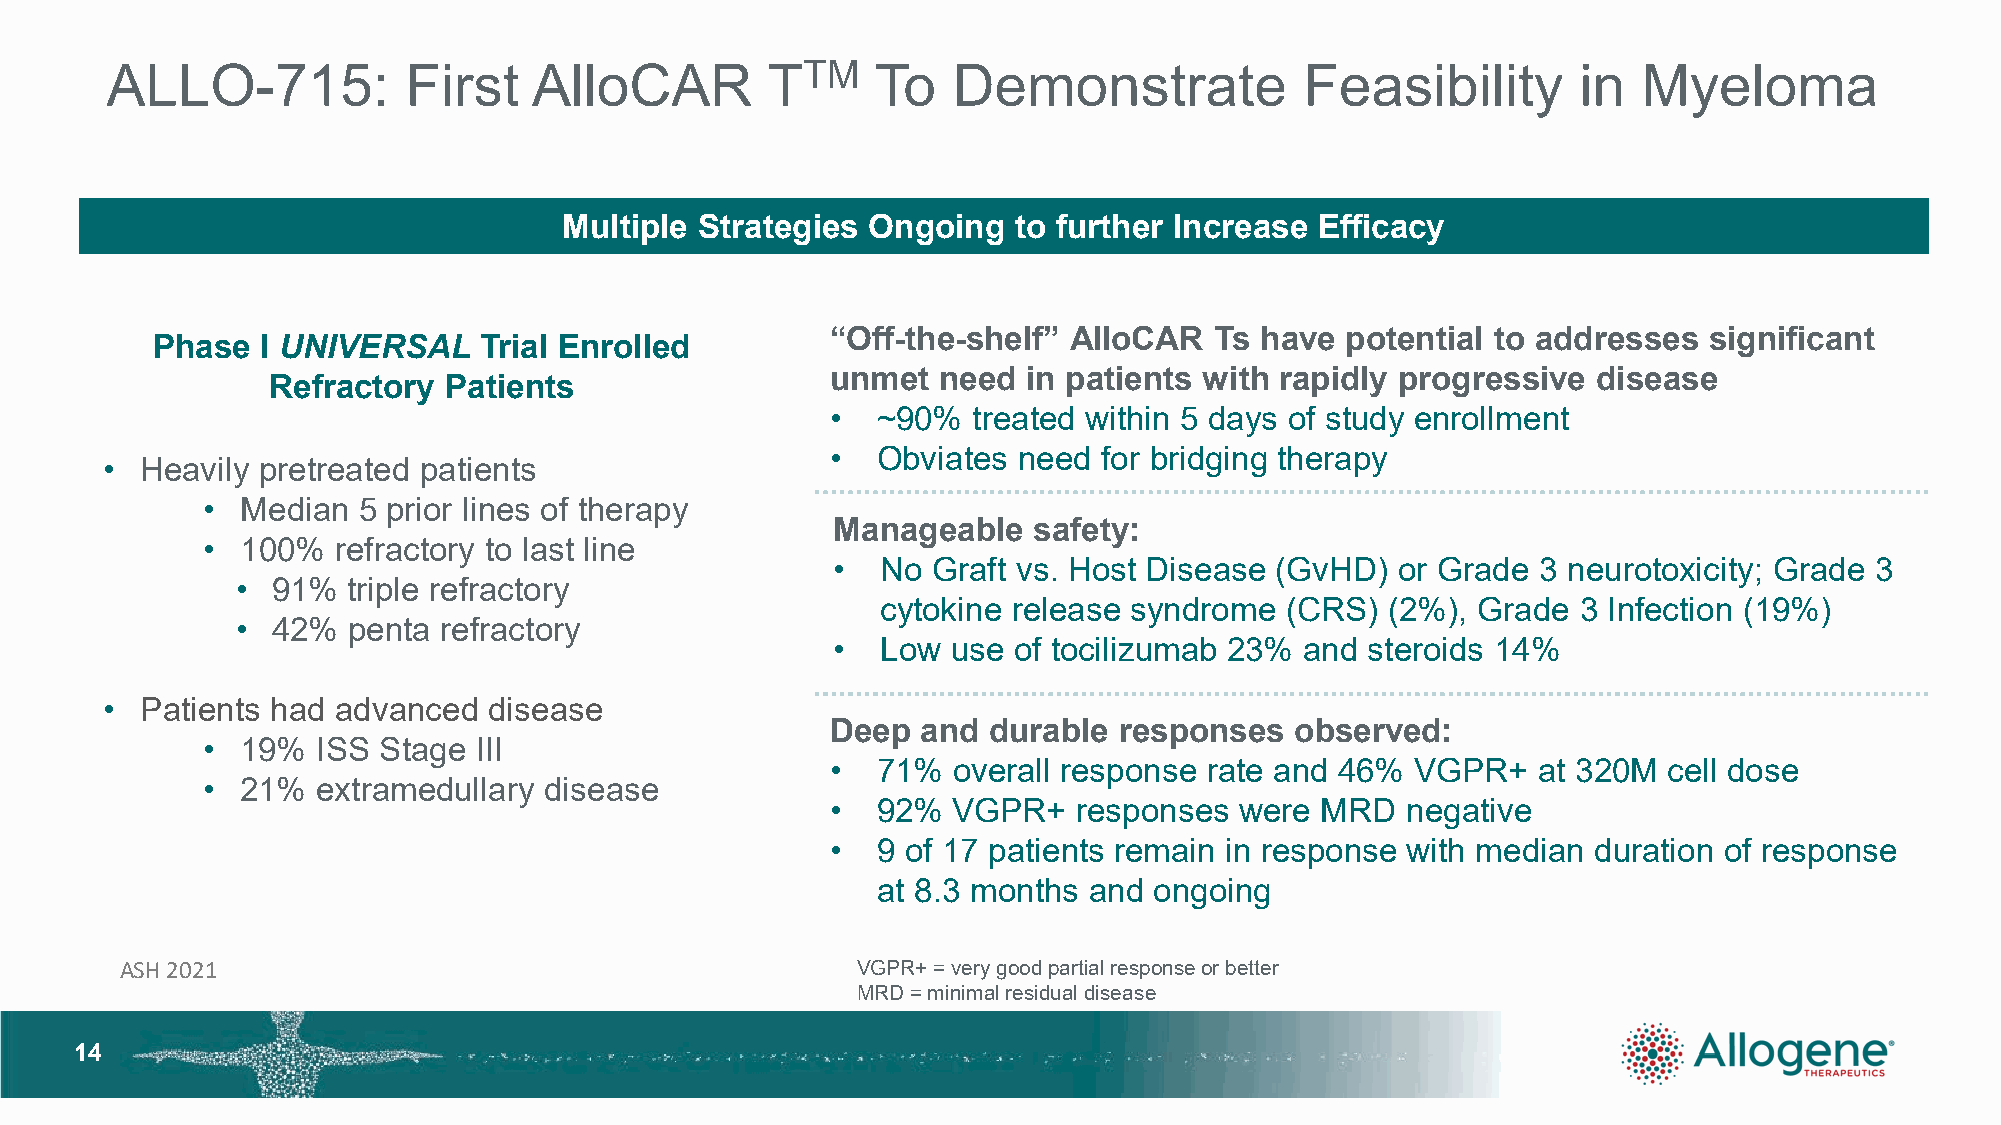
ALLO-715:           First   AlloCAR         TTM    To   Demonstrate            Feasibility        in  Myeloma
 Multiple Strategies Ongoing   to further Increase Efficacy
 “Off-the-shelf” AlloCAR  Ts have  potential to addresses  significant
 Phase  I UNIVERSAL    Trial Enrolled
 unmet  need  in patients with rapidly progressive  disease
 Refractory Patients
 •  ~90%  treated within 5 days of study enrollment
 •  Obviates need  for bridging therapy
 • Heavily pretreated patients
 •  Median  5 prior lines of therapy
 Manageable   safety:
 •  100%  refractory to last line
 •  No  Graft vs. Host Disease (GvHD)  or Grade 3 neurotoxicity; Grade 3
 • 91%  triple refractory
 cytokine release syndrome  (CRS)  (2%), Grade  3 Infection (19%)
 • 42%  penta refractory
 •  Low  use of tocilizumab 23% and  steroids 14%
 • Patients had advanced  disease
 Deep  and durable  responses   observed:
 •  19%  ISS Stage III
 •  71%  overall response rate and 46%  VGPR+   at 320M cell dose
 •  21%  extramedullary disease
 •  92%  VGPR+   responses  were MRD   negative
 •  9 of 17 patients remain in response with median duration of response
 at 8.3 months and ongoing
 ASH 2021                                         VGPR+ = very good partial response or better
 MRD = minimal residual disease
 1144